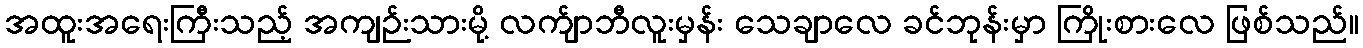
အထူးအရေးကြီးသည့် အကျဉ်းသားမို့ လက်ျာဘီလူးမှန်း သေချာလေ ခင်ဘုန်းမှာ ကြိုးစားလေ ဖြစ်သည်။